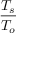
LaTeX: \frac { T _ { s } } { T _ { o } }